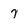
Character: 7